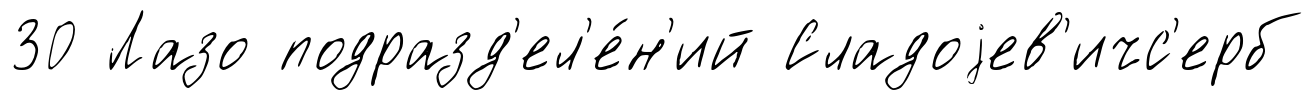
30 Лазо подразд'ел'е́н'ий Сладоjев'ичс'ерб